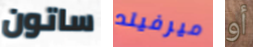
ساتون ميرفيلد أو